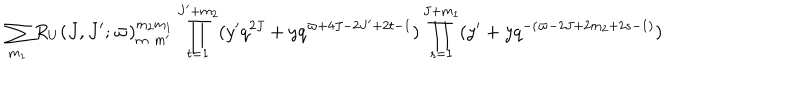
LaTeX: \sum _ { m _ { 1 } } R _ { U } ( J , J ^ { \prime } ; \varpi ) _ { m _ { \phantom { 2 } } m ^ { \prime } } ^ { m _ { 2 } m _ { 1 } } \prod _ { t = 1 } ^ { J ^ { \prime } + m _ { 2 } } ( y ^ { \prime } q ^ { 2 J } + y q ^ { \varpi + 4 J - 2 J ^ { \prime } + 2 t - 1 } ) \prod _ { s = 1 } ^ { J + m _ { 1 } } ( y ^ { \prime } + y q ^ { - ( \varpi - 2 J + 2 m _ { 2 } + 2 s - 1 ) } )